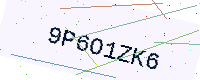
Text: 9P6O1ZK6